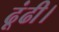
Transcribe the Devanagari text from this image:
ढूंढी।